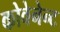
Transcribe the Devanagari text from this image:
कोवेनेन्ट